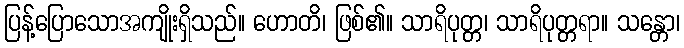
ပြန့်ပြောသောအကျိုးရှိသည်။ ဟောတိ၊ ဖြစ်၏။ သာရိပုတ္တ၊ သာရိပုတ္တရာ။ သန္တော၊